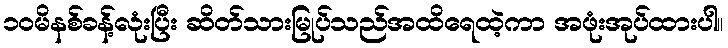
၁၀မိနစ်ခန့်လုံးပြီး ဆိတ်သားမြုပ်သည်အထိရေထဲ့ကာ အဖုံးအုပ်ထားပါ။